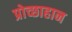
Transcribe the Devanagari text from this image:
प्रोच्छाहान